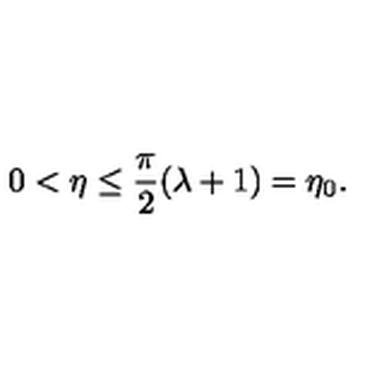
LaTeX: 0 < \eta \leq \frac { \pi } { 2 } ( \lambda + 1 ) = \eta _ { 0 } .